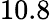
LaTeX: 10.8